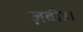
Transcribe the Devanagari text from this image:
ज़बीहा